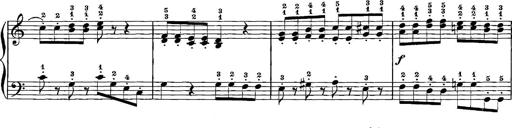
Title: 12 Sonatinas
Composer: Ignaz Pleyel